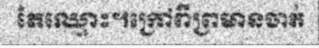
តែឈ្មោះ។ក្រៅពីព្រមានចាត់